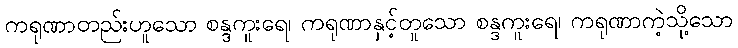
ကရုဏာတည်းဟူသော စန္ဒကူးရေ၊ ကရုဏာနှင့်တူသော စန္ဒကူးရေ၊ ကရုဏာကဲ့သို့သော